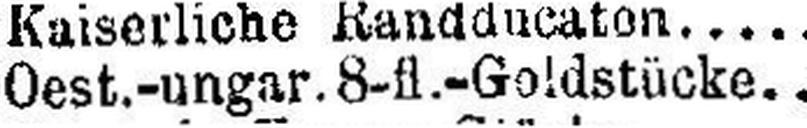
Oest.-ungar.8-fl.-Goldstücke